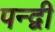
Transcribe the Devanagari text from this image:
पन्द्वी